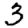
Digit: 3